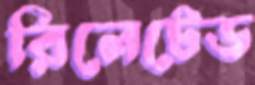
রিলেটেড